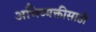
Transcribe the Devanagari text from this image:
अभिव्यक्तीसाठी